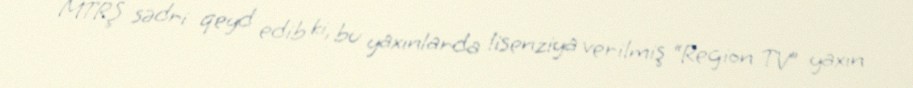
MTRŞ sədri qeyd edib ki, bu yaxınlarda lisenziya verilmiş “Region TV” yaxın